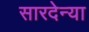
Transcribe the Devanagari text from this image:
सारदेन्या